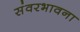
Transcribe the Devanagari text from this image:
संवरभावना